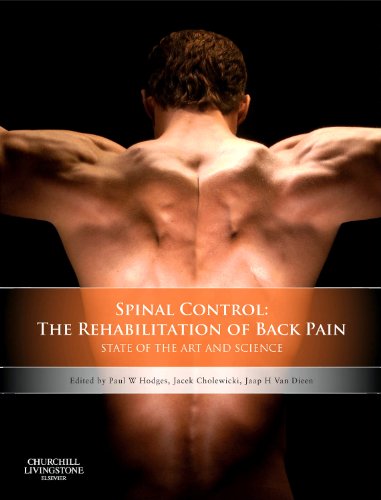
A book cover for Spinal Control: The Rehabilitation of Back Pain: State of the art and science, 1e; Medical Books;